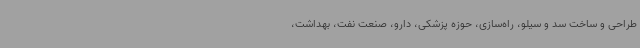
طراحی و ساخت سد و سیلو، راه‌سازی، حوزه پزشکی، دارو، صنعت نفت، بهداشت،